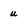
Character: u